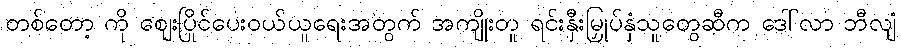
တစ်တော့ ကို ဈေးပြိုင်ပေးဝယ်ယူရေးအတွက် အကျိုးတူ ရင်းနှီးမြှုပ်နှံသူတွေဆီက ဒေါ်လာ ဘီလျံ